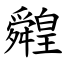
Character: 䑟